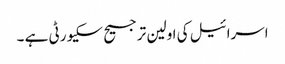
اسرائیل کی اولین ترجیح سکیورٹی ہے ۔